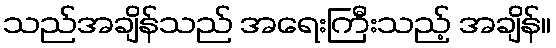
သည်အချိန်သည် အရေးကြီးသည့် အချိန်။